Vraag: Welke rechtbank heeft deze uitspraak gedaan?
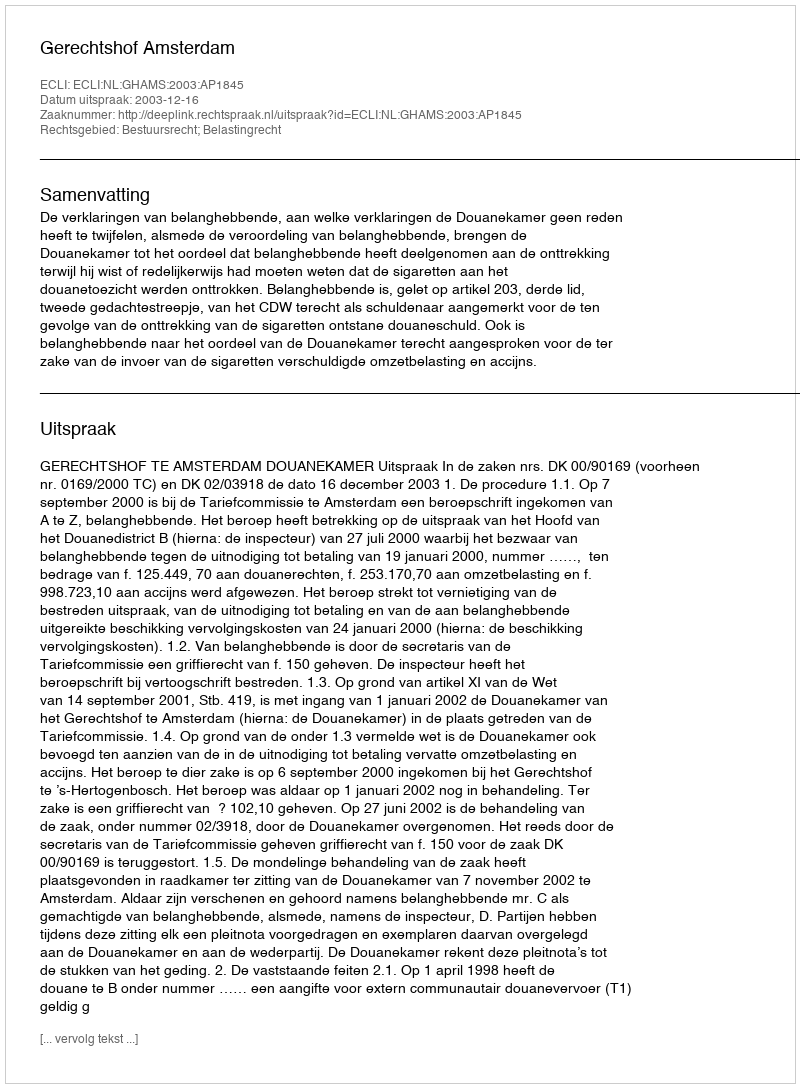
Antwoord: Gerechtshof Amsterdam